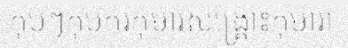
កុបៗកុបករកុមារសង្គ្រោះកុមារា